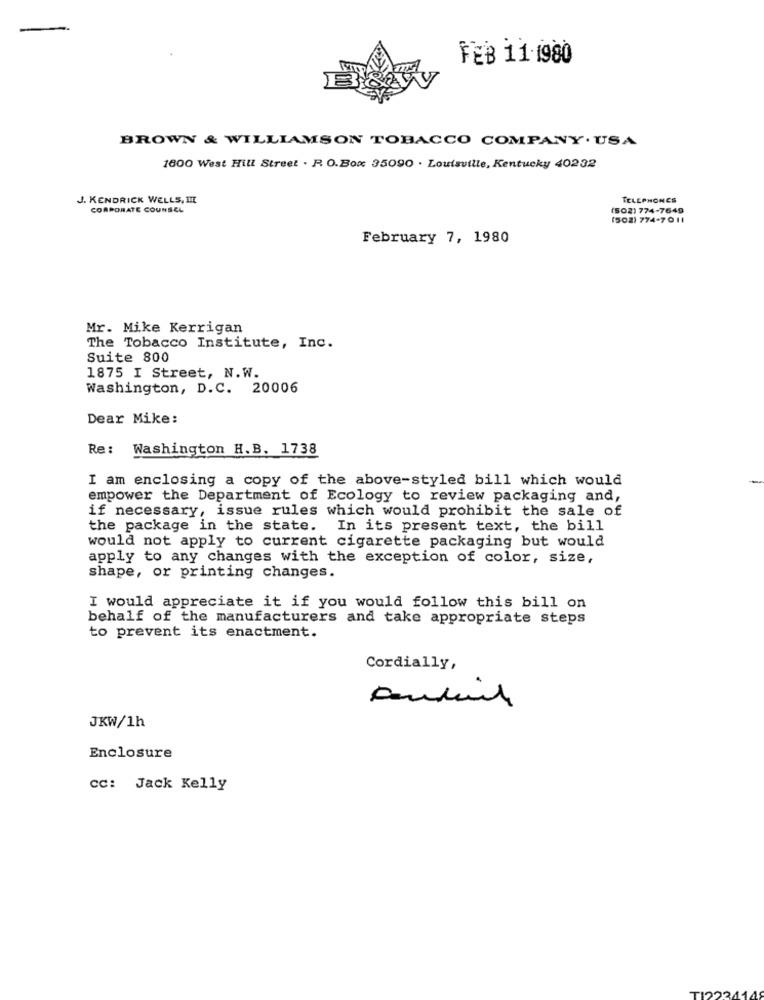
FEB 11 1980
BROWN & WILLIAMSON TOBACCO COMPANY. USA
1800 West Hill Street . R. O.Box 35090 . Louisville, Kentucky 40232
J. KENDRICK WELLS, III
TELEPHONES
CORPORATE COUNSEL
(502) 774-7649
(502) 774-7011
February 7, 1980
Mr. Mike Kerrigan
The Tobacco Institute, Inc.
Suite 800
1875 I Street, N.W.
Washington, D.C. 20006
Dear Mike:
Re: Washington H.B. 1738
I am enclosing a copy of the above-styled bill which would
empower the Department of Ecology to review packaging and,
if necessary, issue rules which would prohibit the sale of
the package in the state.
In its present text, the bill
would not apply to current cigarette packaging but would
apply to any changes with the exception of color, size,
shape, or printing changes.
I would appreciate it if you would follow this bill on
behalf of the manufacturers and take appropriate steps
to prevent its enactment.
Cordially,
JKW/1h
Enclosure
CC: Jack Kelly